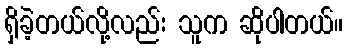
ရှိခဲ့တယ်လို့လည်း သူက ဆိုပါတယ်။